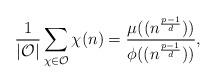
LaTeX: \begin{align*}\frac{1}{|\mathcal{O}|} \sum_{\chi\in \mathcal{O}} \chi(n) = \frac{\mu((n^{\frac{p-1}{d}}))}{\phi((n^{\frac{p-1}{d}}))},\end{align*}